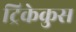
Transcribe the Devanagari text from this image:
ट्रिकेकुस